Indian journal of veterinary science and animal husbandry - Volumes 24-25, 1954-1955
Year: 1954
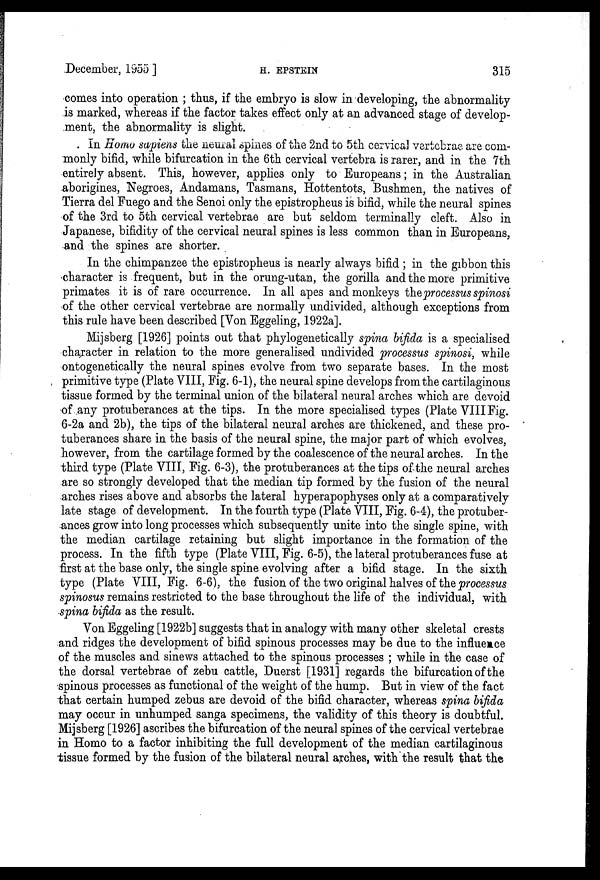
December, 1955 ] H. EPSTEIN 315
comes into operation ; thus, if the embryo is slow in developing, the abnormality
is marked, whereas if the factor takes effect only at an advanced stage of develop-
ment, the abnormality is slight.
In Homo sapiens the neural spines of the 2nd to 5th cervical vertebrae are com-
monly bifid, while bifurcation in the 6th cervical vertebra is rarer, and in the 7th
entirely absent. This, however, applies only to Europeans; in the Australian
aborigines, Negroes, Andamans, Tasmans, Hottentots, Bushmen, the natives of
Tierra del Fuego and the Senoi only the epistropheus is bifid, while the neural spines
of the 3rd to 5th cervical vertebrae are but seldom terminally cleft. Also in
Japanese, bifidity of the cervical neural spines is less common than in Europeans,
and the spines are shorter.
In the chimpanzee the epistropheus is nearly always bifid ; in the gibbon this
character is frequent, but in the orung-utan, the gorilla and the more primitive
primates it is of rare occurrence. In all apes and monkeys the processus spinosi
of the other cervical vertebrae are normally undivided, although exceptions from
this rule have been described [Von Eggeling, 1922a].
Mijsberg [1926] points out that phylogenetically spina bifida is a specialised
character in relation to the more generalised undivided processus spinosi, while
ontogenetically the neural spines evolve from two separate bases. In the most
primitive type (Plate VIII, Fig. 6-1), the neural spine develops from the cartilaginous
tissue formed by the terminal union of the bilateral neural arches which are devoid
of any protuberances at the tips. In the more specialised types (Plate VIII Fig.
6-2a and 2b), the tips of the bilateral neural arches are thickened, and these pro-
tuberances share in the basis of the neural spine, the major part of which evolves,
however, from the cartilage formed by the coalescence of the neural arches. In the
third type (Plate VIII, Fig. 6-3), the protuberances at the tips of the neural arches
are so strongly developed that the median tip formed by the fusion of the neural
arches rises above and absorbs the lateral hyperapophyses only at a comparatively
late stage of development. In the fourth type (Plate VIII, Fig. 6-4), the protuber-
ances grow into long processes which subsequently unite into the single spine, with
the median cartilage retaining but slight importance in the formation of the
process. In the fifth type (Plate VIII, Fig. 6-5), the lateral protuberances fuse at
first at the base only, the single spine evolving after a bifid stage. In the sixth
type (Plate VIII, Fig. 6-6), the fusion of the two original halves of the processus
spinosus remains restricted to the base throughout the life of the individual, with
spina bifida as the result.
Von Eggeling [1922b] suggests that in analogy with many other skeletal crests
and ridges the development of bifid spinous processes may be due to the influence
of the muscles and sinews attached to the spinous processes ; while in the case of
the dorsal vertebrae of zebu cattle, Duerst [1931] regards the bifurcation of the
spinous processes as functional of the weight of the hump. But in view of the fact
that certain humped zebus are devoid of the bifid character, whereas spina bifida
may occur in unhumped sanga specimens, the validity of this theory is doubtful.
Mijsberg [1926] ascribes the bifurcation of the neural spines of the cervical vertebrae
in Homo to a factor inhibiting the full development of the median cartilaginous
tissue formed by the fusion of the bilateral neural arches, with the result that the